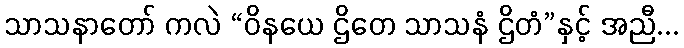
သာသနာတော် ကလဲ “ဝိနယေ ဌိတေ သာသနံ ဌိတံ”နှင့် အညီ...